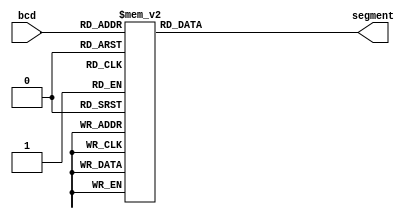
module Seven_Segment_Display(bcd,segment ); 
	input [3:0] bcd; 
	output[7:0] segment; 
	reg [7:0] segment; 
	
always @(bcd)
	begin 
		case(bcd) 
		  4'b0000: segment = 8'b11000000;
		  4'b0001: segment = 8'b11111001;
		  4'b0010: segment = 8'b10100100;
		  4'b0011: segment = 8'b10110000;
		  4'b0100: segment = 8'b10010010;
		  4'b0110: segment = 8'b10000010;
		  4'b0111: segment = 8'b11111000;
		  4'b1000: segment = 8'b10000000;
		  4'b1001: segment = 8'b10010000;
		  
		default :  segment =  8'b11111111;
    endcase
  end
 endmodule
 
 module Seven_Segment_Display_tb;
		reg [3:0] bcd; 
		wire [7:0] segment; 
		integer i ; 
		
	Seven_Segment_Display dut (.bcd(bcd),.segment(segment) );
	
	task initialize; 
	{bcd } = 0; 
	endtask 
	
	task stimulus ; 
	begin 
	 for ( i =0 ; i <16 ; i = i+1)
	 begin 
	 {bcd } = 1;
	 #10;
	 end
	 end
	 endtask
	 
	 initial 
	 begin 
	 initialize;
	 stimulus; 
	 end
	 
	 initial begin
		for(i=0;i<16; i = i+1)
		begin 
		  bcd =1;
		 #10;
	    end
	 end
	 
endmodule